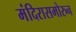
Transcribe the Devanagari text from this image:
मंदिरासमोरुन